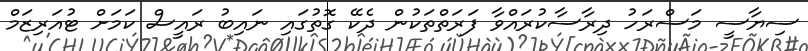
ސިޔާސީ މަސްރަހު ދިރާސާކުރައްވާ ފަރަތްތަކުން ދެކޭ ގޮތުގައި ނައިބު ރައީސް ކަމަށް ޓުއަރިޒަމް